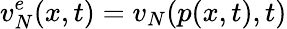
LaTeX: v_{N}^{e}(x,t)=v_{N}(p(x,t),t)